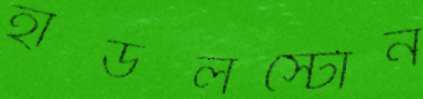
হাডলস্টোন